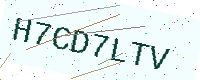
Text: H7CD7LTV